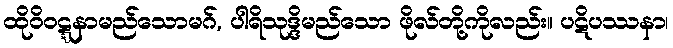
ထိုဝိဝဋ္ဋနာမည်သောမဂ်, ပါရိသုဒ္ဒိမည်သော ဖိုလ်တို့ကိုလည်း။ ပဋိပဿနာ၊